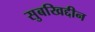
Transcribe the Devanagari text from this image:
सुबखिद्दीन